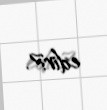
edir?.